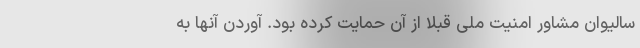
سالیوان مشاور امنیت ملی قبلاً از آن حمایت کرده بود. آوردن آنها به